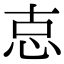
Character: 怘